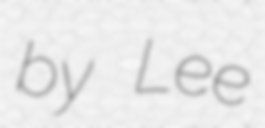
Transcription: by Lee